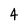
Character: 4